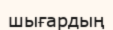
шығардың